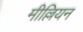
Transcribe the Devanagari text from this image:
मील्लियन